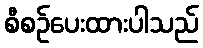
စီစဉ်ပေးထားပါသည်